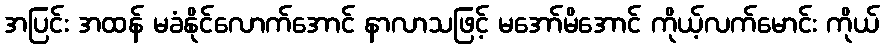
အပြင်း အထန် မခံနိုင်လောက်အောင် နာလာသဖြင့် မအော်မိအောင် ကိုယ့်လက်မောင်း ကိုယ်